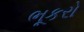
ભૂકરો